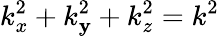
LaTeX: k_{x}^{2}+k_{\mathbf{y}}^{2}+k_{z}^{2}=k^{2}